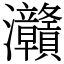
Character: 灨